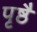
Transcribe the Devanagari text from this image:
पृष्ठै